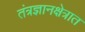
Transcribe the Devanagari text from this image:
तंत्रज्ञानक्षेत्रात